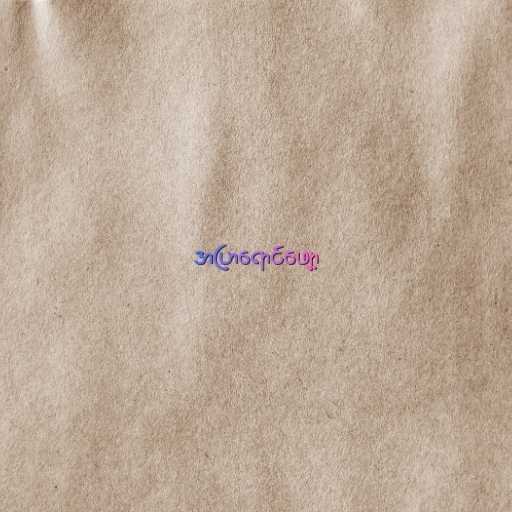
အပြာရောင်ဖျော့